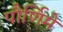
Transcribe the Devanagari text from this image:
पौर्णिमे